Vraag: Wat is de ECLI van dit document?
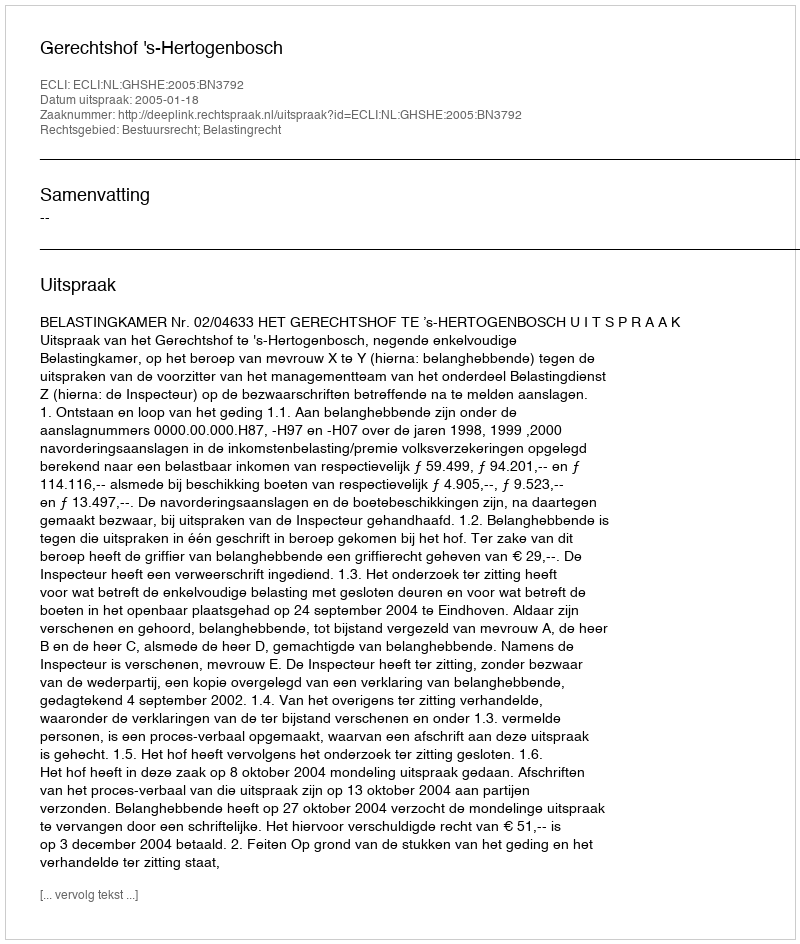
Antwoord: ECLI:NL:GHSHE:2005:BN3792